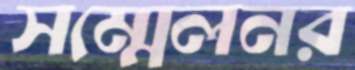
সম্মেলনর